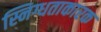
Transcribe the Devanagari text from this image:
स्निग्धताकारक